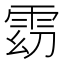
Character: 𱁓